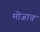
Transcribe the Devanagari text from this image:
मोजाव